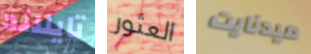
تايلاند العثور ميدنايت